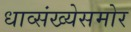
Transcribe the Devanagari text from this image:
धाव्संख्येसमोर